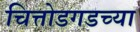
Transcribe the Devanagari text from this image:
चित्तोडगडच्या